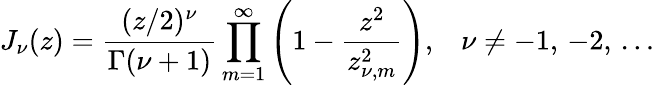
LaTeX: J_{\nu}(z)=\frac{(z/2)^{\nu}}{\Gamma(\nu+1)}\prod_{m=1}^{\infty}\left(1-\frac{z^{2}}{z_{\nu,m}^{2}}\right){,}\quad\nu\not=-1,\, -2,\, \ldots